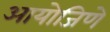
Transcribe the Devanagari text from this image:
आयोजिणे